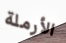
الأرملة